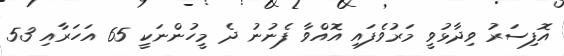
އޮފިސަރު ވިދާޅުވީ މަރުވެފައި އޮއްވާ ފެނުނު ދެ މީހުންނަކީ 65 އަހަރާއި 53